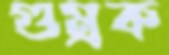
গুম্‌রক